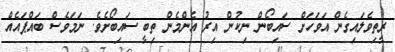
ރީތިވެލައިގެން އަވަހަށް ސައިބޯން ނިކުން އިރު އެންމެން ތިބީ ސައިބޯށެވެ. ނަމަވެސް ބައްޕައެއް